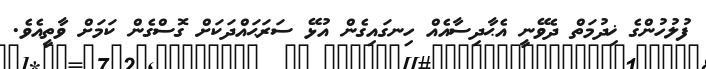
ފުލުހުންގެ ޚިދުމަތް ދެވޭނީ އެޙާދިސާއެއް ހިނގައިގެން އުޅޭ ސަރަޙައްދަކަށް ގޮސްގެން ކަމަށް ވާތީއެވެ.